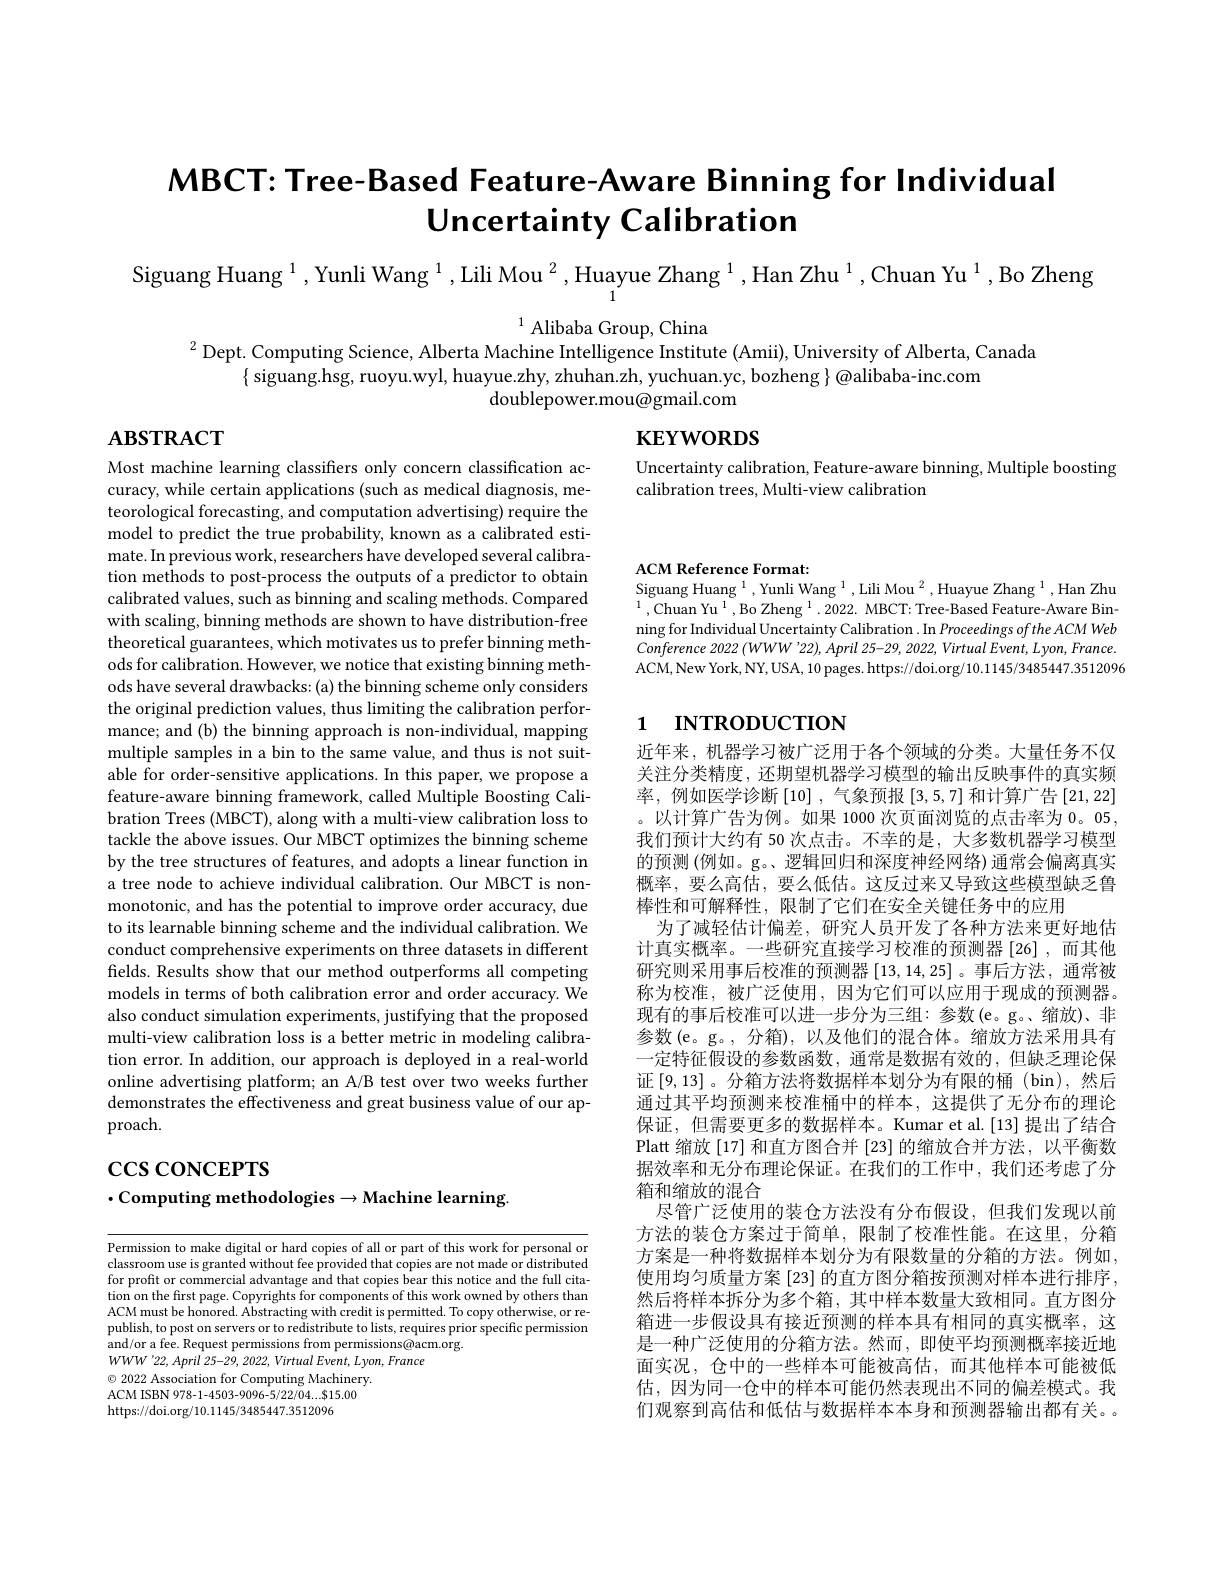
# $\mathsf{MBCT:~Tree-Based~}\mathsf{Feature-Aware~}\mathsf{Binning~for~}\mathsf{Individual}$ Uncertainty Calibration

$\operatorname{Siguang}_{\mathrm{Huang~}^{1},\text{Yunli Wang }^{1},\text{Lili Mou }^{2},\text{Huayue Zhang }^{1},\text{Han Zhu }^{1},\text{Chuan Yu }^{1},\text{Bo Zheng}_{1},\text{Pres}_{1},\text{Pres}_{1},\text{Pres}_{1},\text{Pres}_{1},\text{Pres}_{1},\text{Pres}_{1},\text{Pres}_{1},\text{Pres}_{1},\text{Press}_{1},\text{Press}_{1},\text{Presss}_{1},\text{Pr}}$

$^{1}$ Alibaba Group, China
$^{2}$Dept. Computing Science, Alberta Machine Intelligence Institute (Amii), University of Alberta, Canada
$\{$siguang.hsg, ruoyu.wyl, huayue.zhy, zhuhan.zh, yuchuan.yc, bozheng{@alibaba-inc.com}
doublepower.mou@gmail.com

$\mathbf{ABSTRACT}$

$\mathbf{KEYWORDS}$

Uncertainty calibration, Feature-aware binning, Multiple boosting
calibration trees, Multi-view calibration

ACM Reference Format:
Siguang Huang $^1,\text{Yunli Wang}^{1},\text{Lili Mou}^{2},\text{Huayue Zhang }^{1}$,Han Zhu $^{1}$,Chuan Yu$^1,\text{BoZheng}^1.2022.$ MBCT: Tree-Based Feature-Aware Binning for Individual Uncertainty Calibration . In Proceedings of the ACM Web Conference 2022 $( WWW’ 22) , April$ $25- 29, 2022, Virtual$ $Event, Lyon, France.$ ACM,New York, NY, USA, 10 pages. https://doi.org/10.1145/3485447.3512096

# 1 INTRODUCTION

Most machine learning classifers only concern classification accuracy, while certain applications (such as medical diagnosis, meteorological forecasting, and computation advertising) require the model to predict the true probability, known as a calibrated estimate. In previous work, researchers have developed several calibration methods to post-process the outputs of a predictor to obtain calibrated values, such as binning and scaling methods. Compared with scaling, binning methods are shown to have distribution-free theoretical guarantees, which motivates us to prefer binning methods for calibration. However, we notice that existing binning methods have several drawbacks: (a) the binning scheme only considers the original prediction values, thus limiting the calibration performance; and (b) the binning approach is non-individual, mapping multiple samples in a bin to the same value, and thus is not suitable for order-sensitive applications. In this paper, we propose a feature-aware binning framework, called Multiple Boosting Calibration Trees (MBCT), along with a multi-view calibration loss to tackle the above issues. Our MBCT optimizes the binning scheme by the tree structures of features, and adopts a linear function in a tree node to achieve individual calibration. Our MBCT is nonmonotonic, and has the potential to improve order accuracy, due to its learnable binning scheme and the individual calibration. We conduct comprehensive experiments on three datasets in different fields. Results show that our method outperforms all competing models in terms of both calibration error and order accuracy. We also conduct simulation experiments, justifying that the proposed multi-view calibration loss is a better metric in modeling calibration error. In addition, our approach is deployed in a real-world online advertising platform; an A/B test over two weeks further demonstrates the effectiveness and great business value of our approach.

近年来，机器学习被广泛用于各个领域的分类。大量任务不仅关注分类精度，还期望机器学习模型的输出反映事件的真实频率，例如医学诊断[10],气象预报[3,5,7] 和计算广告[21,22] 。以计算广告为例。如果 1000 次页面浏览的点击率为0。05, 我们预计大约有 50 次点击。不幸的是，大多数机器学习模型的预测 (例如。g。、逻辑回归和深度神经网络)通常会偏离真实概率，要么高估，要么低估。这反过来又导致这些模型缺乏鲁棒性和可解释性，限制了它们在安全关键任务中的应用
为了减轻估计偏差，研究人员开发了各种方法来更好地估计真实概率。一些研究直接学习校准的预测器[26],而其他研究则采用事后校准的预测器[13,14,25]。事后方法，通常被称为校准，被广泛使用，因为它们可以应用于现成的预测器。现有的事后校准可以进一步分为三组：参数(e。g。、缩放)、非参数(e。g。,分箱),以及他们的混合体。缩放方法采用具有一定特征假设的参数函数，通常是数据有效的，但缺乏理论保证$\left[9,13\right]$。分箱方法将数据样本划分为有限的桶(bin),然后通过其平均预测来校准桶中的样本，这提供了无分布的理论保证，但需要更多的数据样本。Kumar et al.[13]提出了结合Platt 缩放[17]和直方图合并 [23] 的缩放合并方法，以平衡数据效率和无分布理论保证。在我们的工作中，我们还考虑了分箱和缩放的混合
尽管广泛使用的装仓方法没有分布假设，但我们发现以前方法的装仓方案过于简单，限制了校准性能。在这里，分箱方案是一种将数据样本划分为有限数量的分箱的方法。例如， 使用均匀质量方案[23] 的直方图分箱按预测对样本进行排序， 然后将样本拆分为多个箱，其中样本数量大致相同。直方图分箱进一步假设具有接近预测的样本具有相同的真实概率，这是一种广泛使用的分箱方法。然而，即使平均预测概率接近地面实况，仓中的一些样本可能被高估，而其他样本可能被低估，因为同一仓中的样本可能仍然表现出不同的偏差模式。我们观察到高估和低估与数据样本本身和预测器输出都有关。

$\csc\csc$coNCEPTS

$\cdot$Computing methodologies$\to$Machine learning.

Permission to make digital or hard copies of all or part of this work for personal or classroom use is granted without fee provided that copies are not made or distributed for profit or commercial advantage and that copies bear this notice and the full citation on the first page. Copyrights for components of this work owned by others than ACM must be honored. Abstracting with credit is permitted. To copy otherwise, or republish, to post on servers or to redistribute to lists, requires prior specific permission and/or a fee. Request permissions from permissions@acm.org.
$WWW^{\prime}22,April$ 25-29, 2022, Virtual Event, Lyon, France
$\odot$ 2022 Association for Computing Machinery. ACM ISBN 978-1-4503-9096-5/22/04....815.00 https://doi.org/10.1145/3485447.3512096